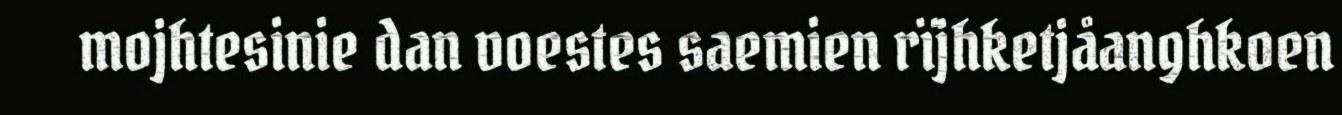
mojhtesinie dan voestes saemien rïjhketjåanghkoen